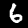
Digit: 6